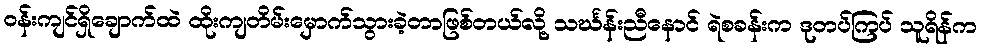
ဝန်းကျင်ရှိချောက်ထဲ ထိုးကျတိမ်းမှောက်သွားခဲ့တာဖြစ်တယ်လို့ သင်္ဃန်းညီနောင် ရဲစခန်းက ဒုတပ်ကြပ် သူရိန်က